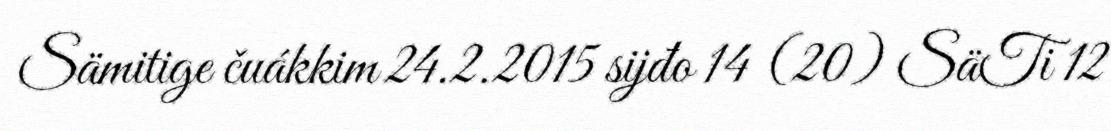
Sämitige čuákkim 24.2.2015 sijđo 14 (20) SäTi 12